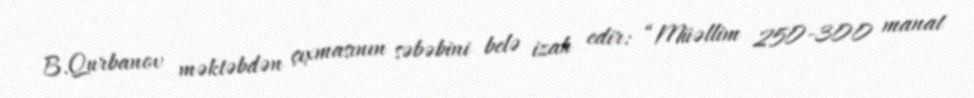
B.Qurbanov məktəbdən çıxmasının səbəbini belə izah edir: “Müəllim 250-300 manat